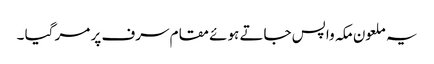
یہ ملعون مکہ واپس جاتے ہوئے مقام سرف پر مر گیا ۔